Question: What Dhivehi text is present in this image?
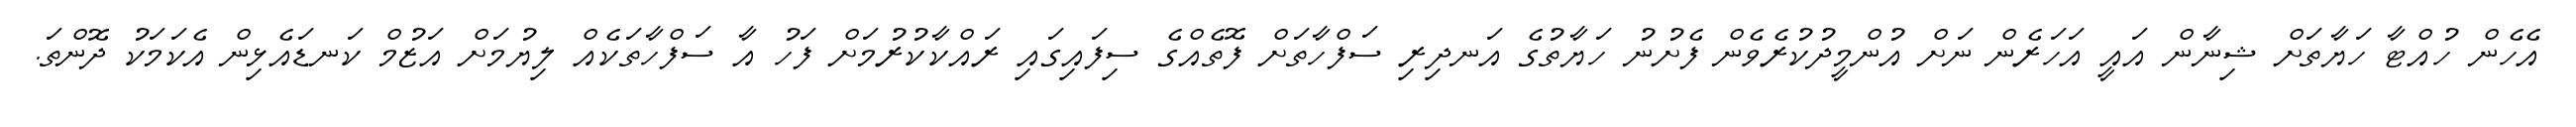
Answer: އެހެން ހުއްޓާ ހަޔާތަށް ޝިނާން އައީ އަހަރެން ނަށް އުންމީދުކުރެވެން ފެށުނު ހަޔާތުގެ އަނދިރި ސަފްހާތަށް ފޮތެއްގެ ސިފައިގައި ރައްކާކުރުމަށް ފަހު އާ ސަފްހާތަކެއް ލިޔުމަށް އަޒުމް ކަނޑައެޅިން އެކަމަކު ދޮންތަ.